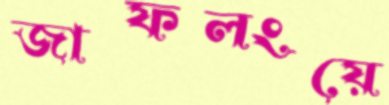
জাফলংয়ে